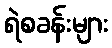
ရဲစခန်းများ